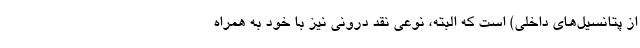
از پتانسیل‌های داخلی) است که البته، نوعی نقد درونی نیز با خود به همراه